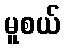
မူစယ်